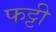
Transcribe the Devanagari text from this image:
फट्टी